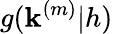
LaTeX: g(\mathbf{k}^{(m)}|h)